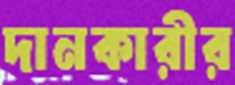
দানকারীর